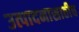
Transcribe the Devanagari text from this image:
उत्पादनासाठीच